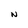
Character: N